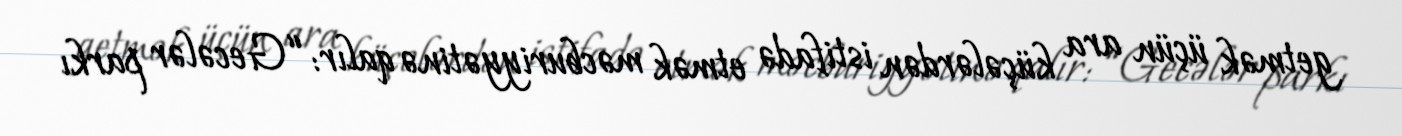
getmək üçün ara küçələrdən istifadə etmək məcburiyyətinə qalır: “Gecələr parkı